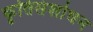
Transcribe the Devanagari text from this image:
कृतिसंशोधन